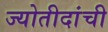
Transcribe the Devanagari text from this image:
ज्योतीदांची